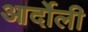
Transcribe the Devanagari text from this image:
आर्दोली